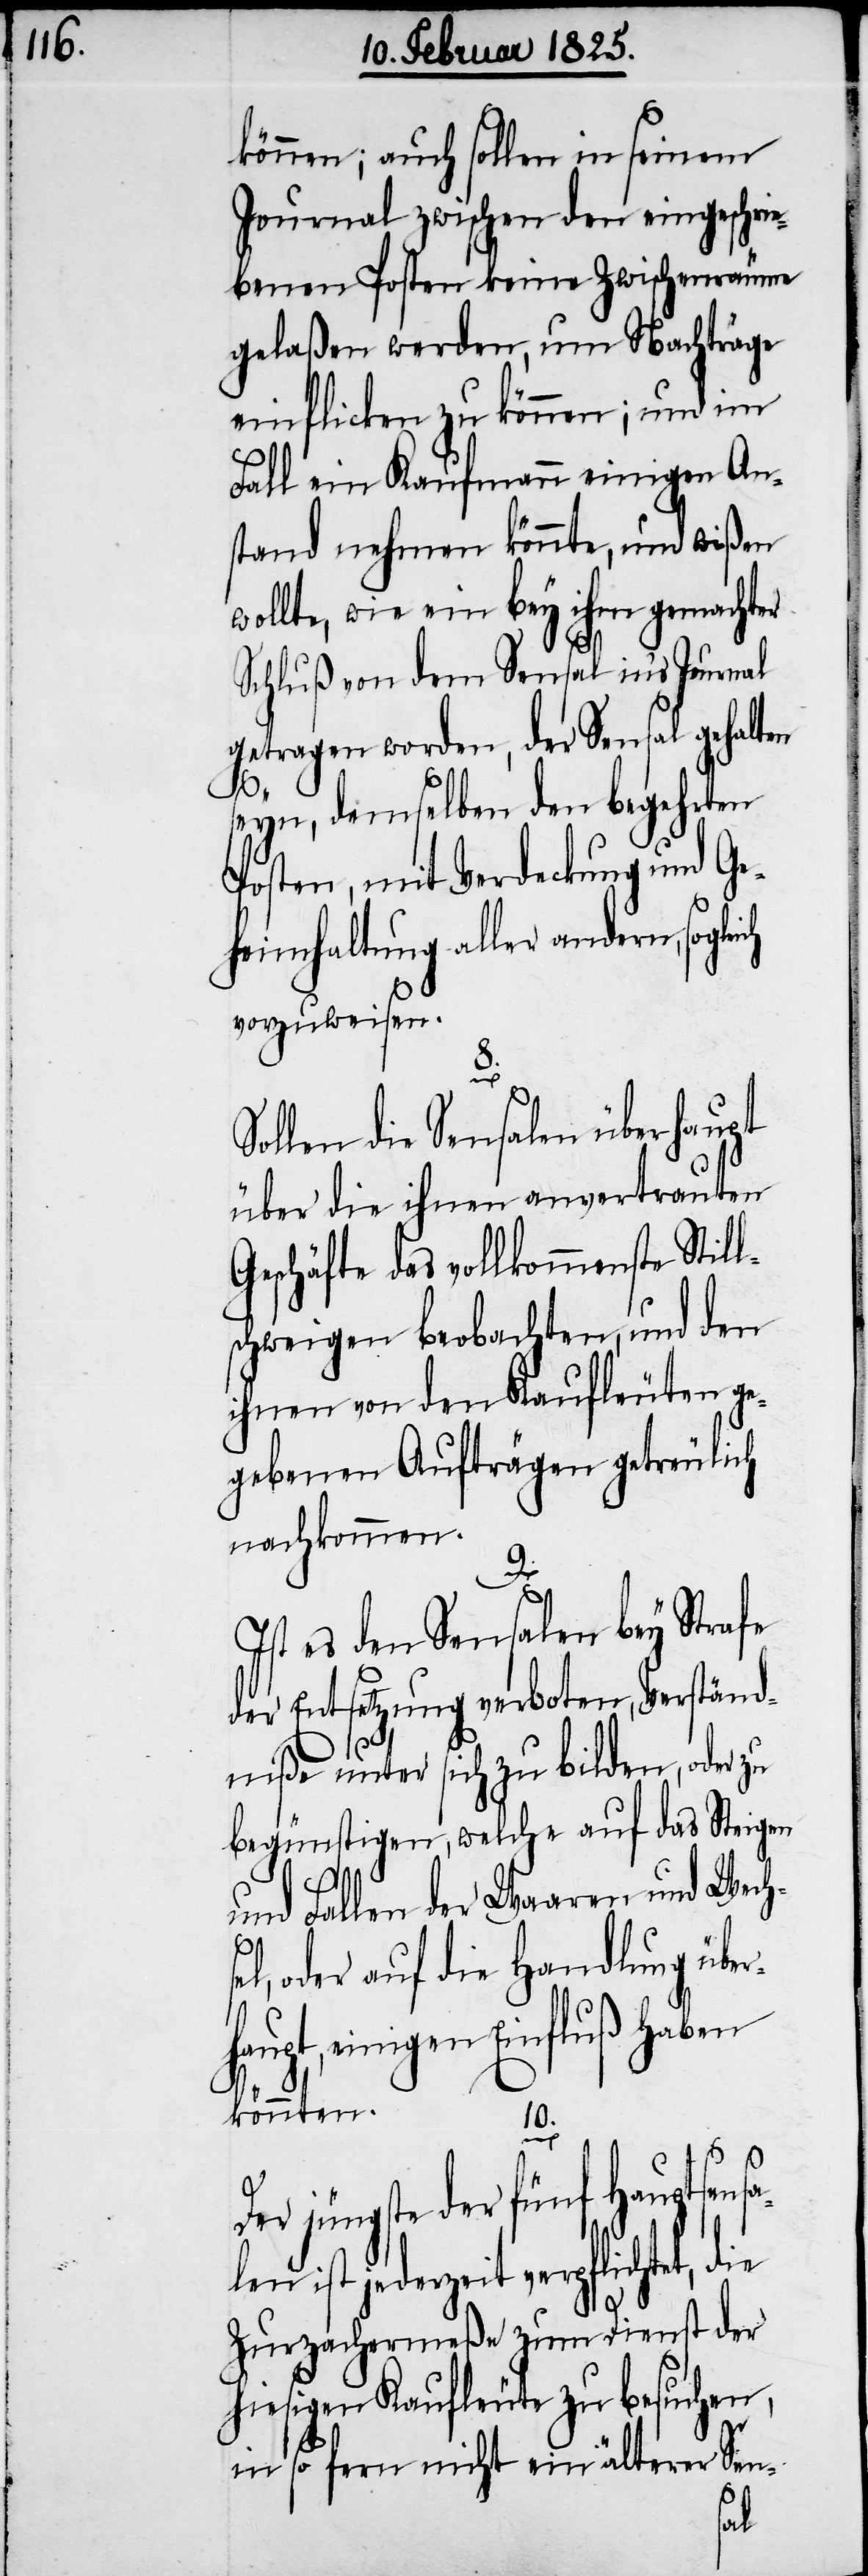
können; auch sollen in seinem
Journal zwischen den eingeschrie¬
benen Posten keine Zwischenräume
gelaßen werden, um Nachträge
einflicken zu können; und im
Fall ein Kaufmann einigen An¬
stand nehmen könnte, und wißen
wollte, wie ein bey ihm gemachter
Schluß von dem Sensal in’s Journal
getragen worden, der Sensal gehalten
seyn, demselben den begehrten
Posten, mit Verdeckung und Ge¬
heimhaltung aller andern, sogle¬
vorzuweisen.
8.
Sollen die Sensalen überhaupt
über die ihnen anvertrauten
Geschäfte das vollkommenste Stil¬
schweigen beobachten, und den
ihnen von den Kaufleuten ge¬
gebenen Aufträgen getreulich
nachkommen.
9.
Ist es den Sensalen bey Strafe
der Entsetzung verboten, Verständ¬
niße unter sich zu bilden, oder zu
begünstigen, welche auf das Steigen
haupt,
und Fallen der Waaren und Wech¬
l, oder auf die Handlung über¬
einigen Einfluß haben
könnten.
10.
jüngste der fünf Hauptsens¬
alen ist jederzeit verpflichtet, die
Zurzachermeße zum Dienst der
hiesigen Kaufleute zu besuchen,
in so fern nicht ein älterer Sen-
Der